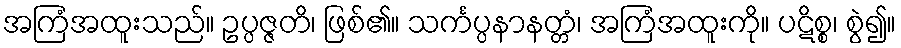
အကြံအထူးသည်။ ဥပ္ပဇ္ဇတိ၊ ဖြစ်၏။ သင်္ကပ္ပနာနတ္တံ၊ အကြံအထူးကို။ ပဋိစ္စ၊ စွဲ၍။